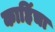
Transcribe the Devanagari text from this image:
काहिंचा